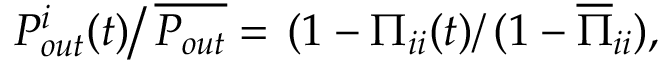
\left. P _ { o u t } ^ { i } ( t ) \right/ \overline { { P _ { o u t } } } = \left. ( 1 - \Pi _ { i i } ( t ) \right/ ( 1 - \overline { { \Pi } } _ { i i } ) ,